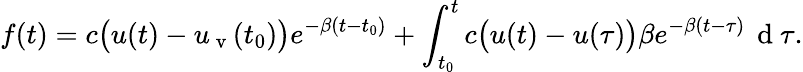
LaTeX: f(t)=c\bigl(u(t)-u_{\mathrm{~v~}}(t_{0})\bigr)e^{-\beta(t-t_{0})}+\int_{t_{0}}^{t}c\bigl(u(t)-u(\tau)\bigr)\beta e^{-\beta(t-\tau)}\, \mathrm{~d~}\tau.